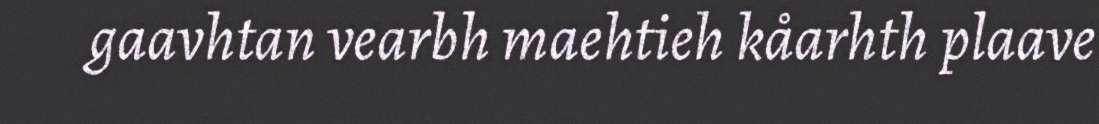
gaavhtan vearbh maehtieh kåarhth plaave